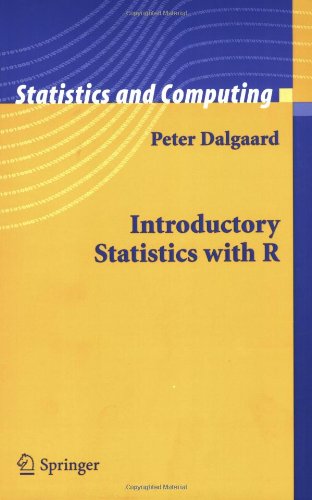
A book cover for Introductory Statistics with R (Statistics and Computing); Peter Dalgaard; Computers & Technology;